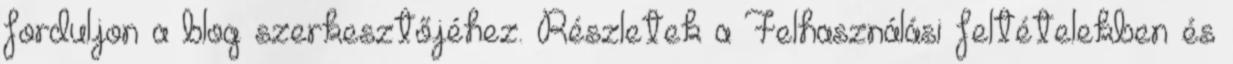
forduljon a blog szerkesztőjéhez. Részletek a Felhasználási feltételekben és